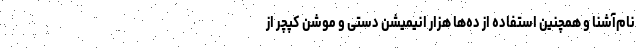
نام‌آشنا و همچنین استفاده از ده‌ها هزار انیمیشن دستی و موشن کپچر از